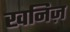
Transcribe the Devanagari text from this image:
खनिज़